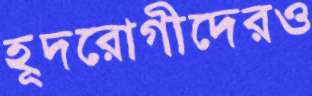
হূদরোগীদেরও